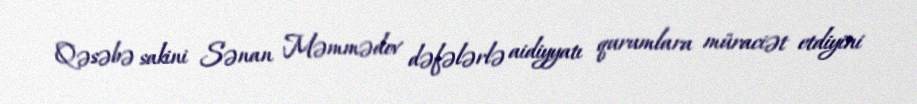
Qəsəbə sakini Sənan Məmmədov dəfələrlə aidiyyatı qurumlara müraciət etdiyini